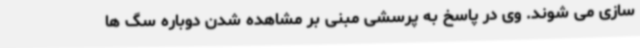
سازی می شوند. وی در پاسخ به پرسشی مبنی بر مشاهده شدن دوباره سگ ها